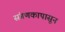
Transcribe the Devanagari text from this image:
संगणकापासून